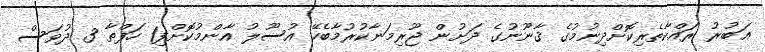
އަބުރު ރައްކާތެރިކޮށްދިނުމުގެ ޤާނޫނުގެ ދަށުން ޖޫރިމަނާކުރުމާބެހޭ އުސޫލު އާންމުކޮށްފި1 ހަފްތާ 3 ދުވަސް